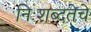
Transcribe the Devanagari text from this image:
निःशब्दतेचे